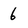
Character: 6